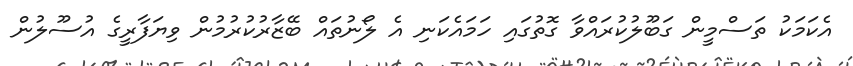
އެކަމަކު ތަސްމީން ގަބޫލުކުރައްވާ ގޮތުގައި ހަމައެކަނި އެ ލޯނުތައް ބޭޒާރުކުރުމުން ވިޔަފާރީގެ އުސޫލުން